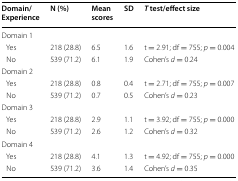
<table><thead><tr><td><b>Domain/Experience</b></td><td><b>N (%)</b></td><td><b>Mean scores</b></td><td><b>SD</b></td><td><b><i>T</i> test/effect size</b></td></tr></thead><tbody><tr><td colspan="5">Domain 1</td></tr><tr><td> Yes</td><td>218 (28.8)</td><td>6.5</td><td>1.6</td><td>t = 2.91; df = 755; <i>p</i> = 0.004</td></tr><tr><td> No</td><td>539 (71.2)</td><td>6.1</td><td>1.9</td><td>Cohen’s <i>d</i> = 0.24</td></tr><tr><td>Domain 2</td><td></td><td></td><td></td><td></td></tr><tr><td> Yes</td><td>218 (28.8)</td><td>0.8</td><td>0.4</td><td>t = 2.71; df = 755; <i>p</i> = 0.007</td></tr><tr><td> No</td><td>539 (71.2)</td><td>0.7</td><td>0.5</td><td>Cohen’s <i>d</i> = 0.23</td></tr><tr><td>Domain 3</td><td></td><td></td><td></td><td></td></tr><tr><td> Yes</td><td>218 (28.8)</td><td>2.9</td><td>1.1</td><td>t = 3.92; df = 755; <i>p</i> = 0.000</td></tr><tr><td> No</td><td>539 (71.2)</td><td>2.6</td><td>1.2</td><td>Cohen’s <i>d</i> = 0.32</td></tr><tr><td>Domain 4</td><td></td><td></td><td></td><td></td></tr><tr><td> Yes</td><td>218 (28.8)</td><td>4.1</td><td>1.3</td><td>t = 4.92; df = 755; <i>p</i> = 0.000</td></tr><tr><td> No</td><td>539 (71.2)</td><td>3.6</td><td>1.4</td><td>Cohen’s <i>d</i> = 0.35</td></tr></tbody></table>